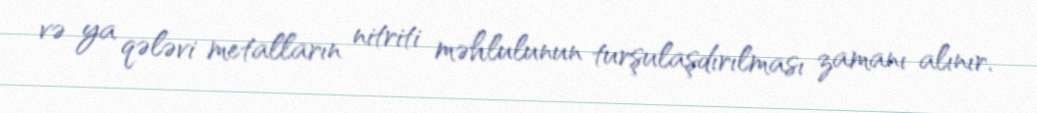
və ya qələvi metalların nitriti məhlulunun turşulaşdırılması zamanı alınır.